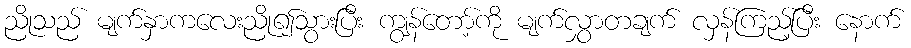
ညိုသည် မျက်နှာကလေးညို၍သွားပြီး ကျွန်တော့်ကို မျက်လွှာတချက် လှန်ကြည့်ပြီး နောက်